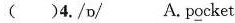
( )4./ɒ/ A. p\underline{o}cket